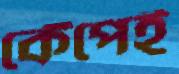
কেঁপেই